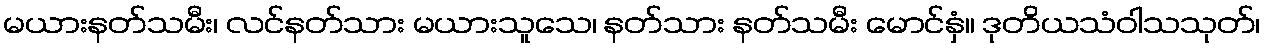
မယားနတ်သမီး၊ လင်နတ်သား မယားသူသေ၊ နတ်သား နတ်သမီး မောင်နှံ။ ဒုတိယသံဝါသသုတ်၊